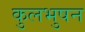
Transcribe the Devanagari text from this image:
कुलभुषन